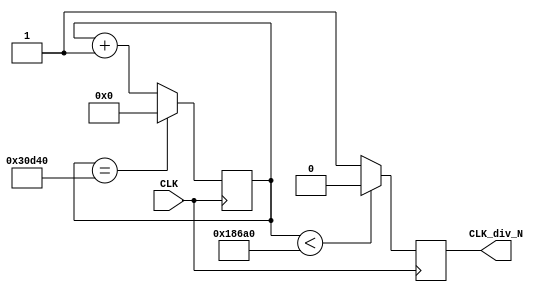
module div_N(input CLK,output reg CLK_div_N);
	parameter N=100000;
	reg [31:0] count=0;
	always @ (posedge CLK)
	begin
	if(count==2*N) 
	count<=0;       
	else count<=count+1;    
	CLK_div_N=(count<N)?0:1;
	end
endmodule